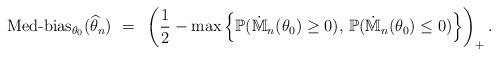
LaTeX: \begin{align*}\mbox{Med-bias}_{\theta_0}(\widehat{\theta}_n) ~=~ \left(\frac{1}{2} - \max\left\{\mathbb{P}(\dot{\mathbb{M}}_n(\theta_0) \ge 0),\,\mathbb{P}(\dot{\mathbb{M}}_n(\theta_0) \le 0)\right\}\right)_+.\end{align*}